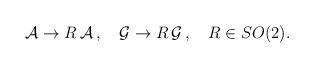
LaTeX: \begin{align*}{\cal A} \rightarrow R \,{\cal A}\,, \quad{\cal G}\rightarrow R\,{\cal G}\,,\quad R\in SO(2).\end{align*}